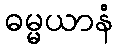
ဓမ္မယာနံ